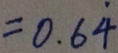
= 0 . 6 \dot { 4 }